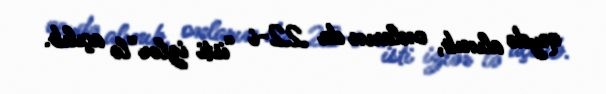
qeydə alınıb, onların da 22-i “isti izlər”lə açılıb.